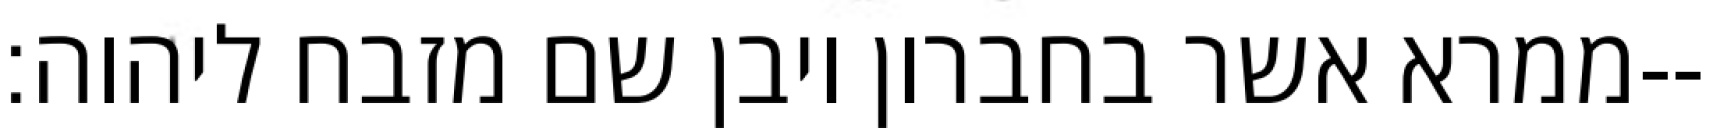
ממרא אשר בחברון ויבן שם מזבח ליהוה׃--